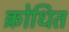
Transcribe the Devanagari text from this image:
क्रोधित